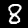
Label: 8